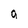
Character: g